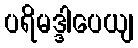
ပရိမဒ္ဒါပေယျ